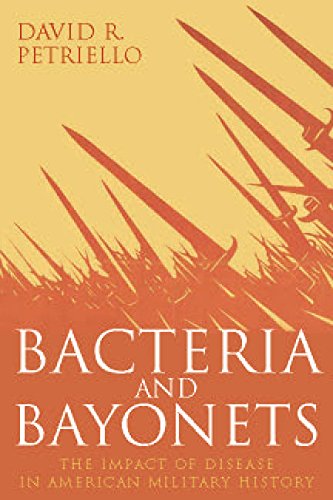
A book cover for Bacteria and Bayonets: The Influence of Disease in American Military History; David Petriello; Medical Books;